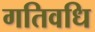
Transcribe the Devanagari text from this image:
गतिवधि